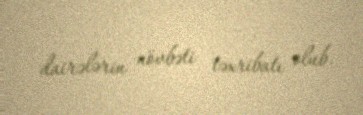
dairələrin növbəti təxribatı olub.